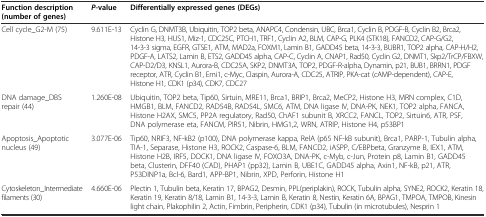
<table><thead><tr><td><b>Function description (number of genes)</b></td><td><b><i>P</i>-value</b></td><td><b>Differentially expressed genes (DEGs)</b></td></tr></thead><tbody><tr><td>Cell cycle_G2-M (75)</td><td>9.611E-13</td><td>Cyclin G, DNMT3B, Ubiquitin, TOP2 beta, ANAPC4, Condensin, UBC, Brca1, Cyclin B, PDGF-B, Cyclin B2, Brca2, Histone H3, HUS1, Miz-1, CDC25C, PTCH1, TRF1, Cyclin A2, BLM, CAP-G, PLK4 (STK18), FANCD2, CAP-G/G2, 14-3-3 sigma, EGFR, GTSE1, ATM, MAD2a, FOXM1, Lamin B1, GADD45 beta, 14-3-3, BUBR1, TOP2 alpha, CAP-H/H2, PDGF-A, LATS2, Lamin B, ETS2, GADD45 alpha, CAP-C, Cyclin A, CNAP1, Rad50, Cyclin G2, DNMT1, Skp2/TrCP/FBXW, CAP-D2/D3, KNSL1, Aurora-B, CDC25A, SKP2, DNMT3A, TOP2, PDGF-R-alpha, Dynamin, p21, BUB1, BRRN1, PDGF receptor, ATR, Cyclin B1, Emi1, c-Myc, Claspin, Aurora-A, CDC25, ATRIP, PKA-cat (cAMP-dependent), CAP-E, Histone H1, CDK1 (p34), CDK7, CDC27</td></tr><tr><td>DNA damage_DBS repair (44)</td><td>1.260E-08</td><td>Ubiquitin, TOP2 beta, Tip60, Sirtuin, MRE11, Brca1, BRIP1, Brca2, MeCP2, Histone H3, MRN complex, C1D, HMGB1, BLM, FANCD2, RAD54B, RAD54L, SMC6, ATM, DNA ligase IV, DNA-PK, NEK1, TOP2 alpha, FANCA, Histone H2AX, SMC5, PP2A regulatory, Rad50, ChAF1 subunit B, XRCC2, FANCL, TOP2, Sirtuin6, ATR, PSF, DNA polymerase eta, FANCM, PIR51, Nibrin, HMG1,2, WRN, ATRIP, Histone H4, p53BP1</td></tr><tr><td>Apoptosis_Apoptotic nucleus (49)</td><td>3.077E-06</td><td>Tip60, NRIF3, NF-kB2 (p100), DNA polymerase kappa, RelA (p65 NF-kB subunit), Brca1, PARP-1, Tubulin alpha, TIA-1, Separase, Histone H3, ROCK2, Caspase-6, BLM, FANCD2, iASPP, C/EBPbeta, Granzyme B, IEX1, ATM, Histone H2B, IRF5, DOCK1, DNA ligase IV, FOXO3A, DNA-PK, c-Myb, c-Jun, Protein p8, Lamin B1, GADD45 beta, Clusterin, DFF40 (CAD), PHAP1 (pp32), Lamin B, UBE1C, GADD45 alpha, Axin1, NF-kB, p21, ATR, P53DINP1a, Bcl-6, Bard1, APP-BP1, Nibrin, XPD, Perforin, Histone H1</td></tr><tr><td>Cytoskeleton_Intermediate filaments (30)</td><td>4.660E-06</td><td>Plectin 1, Tubulin beta, Keratin 17, BPAG2, Desmin, PPL(periplakin), ROCK, Tubulin alpha, SYNE2, ROCK2, Keratin 18, Keratin 19, Keratin 8/18, Lamin B1, 14-3-3, Lamin B, Keratin 8, Nestin, Keratin 6A, BPAG1, TMPOA, TMPOB, Kinesin light chain, Plakophilin 2, Actin, Fimbrin, Peripherin, CDK1 (p34), Tubulin (in microtubules), Nesprin 1</td></tr></tbody></table>